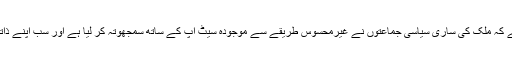
(لیکن مزاحمت کرے کون، ایسا دکھائی دے رہا ہے کہ ملک کی ساری سیاسی جماعتوں نے غیرمحسوس طریقے سے موجودہ سیٹ اپ کے ساتھ سمجھوتہ کر لیا ہے اور سب اپنے ذاتی یا جماعتی مفادات کے تحفظ میں لگی ہوئی ہیں)۔